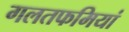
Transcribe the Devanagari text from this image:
गलतफमियां